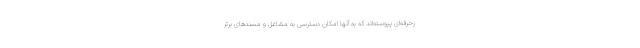
رحرفه‌ای پیوسته‌اند که به آنها امکان دسترسی به مشاغل و مسندهای برتر